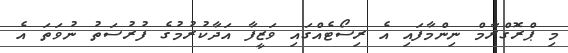
މި ޕްރޮގްރާމް ނިންމާފައި އެ ރިސޯޓެއްގައި ވަޒީފާ އަދާކުރުމުގެ ފުރުސަތު ނުވަތަ އެ